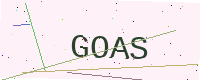
Text: GOAS